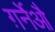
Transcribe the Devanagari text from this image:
ग़र्नेऔ